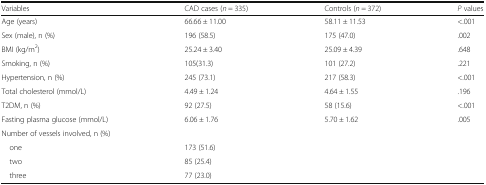
| Variables | CAD cases (n = 335) | Controls (n = 372) | P values |
 | --- | --- | --- | --- |
 | Age (years) | 66.66 ± 11.00 | 58.11 ± 11.53 | <.001 |
 | Sex (male), n (%) | 196 (58.5) | 175 (47.0) | .002 |
 | BMI (kg/m2) | 25.24 ± 3.40 | 25.09 ± 4.39 | .648 |
 | Smoking, n (%) | 105(31.3) | 101 (27.2) | .221 |
 | Hypertension, n (%) | 245 (73.1) | 217 (58.3) | <.001 |
 | Total cholesterol (mmol/L) | 4.49 ± 1.24 | 4.64 ± 1.55 | .196 |
 | T2DM, n (%) | 92 (27.5) | 58 (15.6) | <.001 |
 | Fasting plasma glucose (mmol/L) | 6.06 ± 1.76 | 5.70 ± 1.62 | .005 |
 | <COLSPAN=4> Number of vessels involved, n (%) |
 | one | 173 (51.6) |  |  |
 | two | 85 (25.4) |  |  |
 | three | 77 (23.0) |  |  |